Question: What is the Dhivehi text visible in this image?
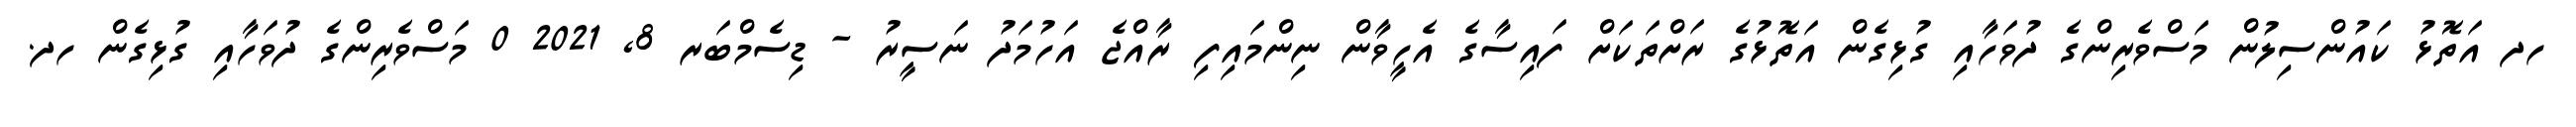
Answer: ހދ އަތޮޅު ކައުންސިލުން މަސްވެރިންގެ ދުވަހާއި ގުޅިގެން އަތޮޅުގެ ރަށްތަކަށް ފައިސާގެ އެހީވާން ނިންމައިފި ރާއްޖެ އަހުމަދު ނަސީރު - ޑިސެމްބަރ 8, 2021 0 މަސްވެރިންގެ ދުވަހާއި ގުޅިގެން ހދ.